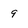
Character: 9